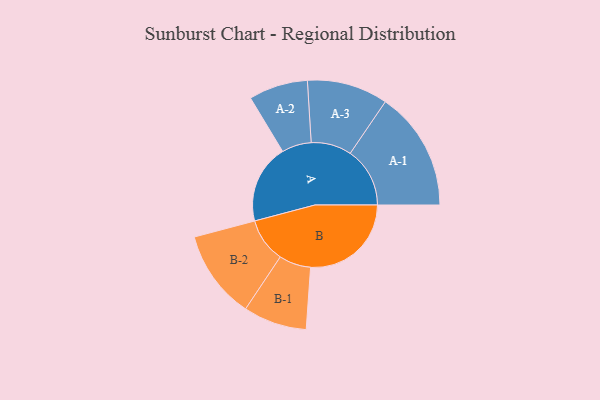
{"axis": {"x": "Segment", "y": "Value"}, "legend": ["", "A", "B"], "data": [{"x": "A", "y": 283, "type": ""}, {"x": "B", "y": 361, "type": ""}, {"x": "A-1", "y": 214, "type": "A"}, {"x": "A-2", "y": 106, "type": "A"}, {"x": "A-3", "y": 145, "type": "A"}, {"x": "B-1", "y": 114, "type": "B"}, {"x": "B-2", "y": 159, "type": "B"}]}